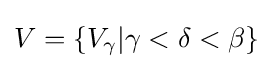
V=\{V_{\gamma }|\gamma <\delta <\beta \}